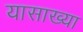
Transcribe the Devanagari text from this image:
यासाख्या